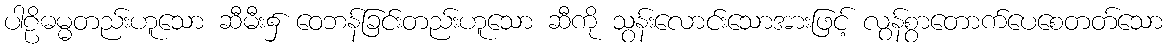
ပါဠိဓမ္မတည်းဟူသော ဆီမီး၌ ဝေဘန်ခြင်းတည်းဟူသော ဆီကို သွန်းလောင်းသောအားဖြင့် လွန်စွာတောက်ပေစေတတ်သော